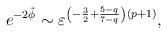
LaTeX: \begin{align*}e^{-2\tilde{\phi}} \sim \varepsilon^{\left(-\frac{3}{2} + \frac{5-q}{7-q}\right)\left( p+1\right)}, \end{align*}